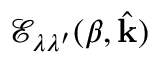
\mathcal { E } _ { \lambda \lambda ^ { \prime } } ( \beta , \hat { \mathbf { k } } )